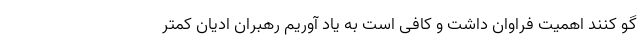
گو کنند اهمیت فراوان داشت و کافی است به یاد آوریم رهبران ادیان کمتر